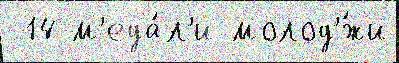
 14 м'еда́л'и молод'́жи